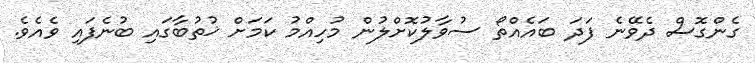
ގެންގޮސް ދެވޭނެ ފަދަ ބައެއްތޯ ސުވާލުކޮށްލުން މުހިއްމު ކަމަށް ޚުތުބާގައި ބުނެފައި ވެއެވެ.